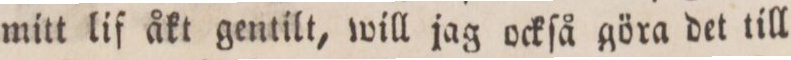
mitt lif åkt gentilt, will jag ockſå göra det till